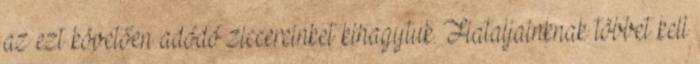
az ezt követően adódó ziccereinket kihagytuk. Fiataljainknak többet kell